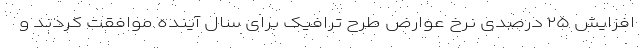
افزایش ۲۵ درصدی نرخ عوارض طرح ترافیک برای سال آینده موافقت کردند و